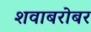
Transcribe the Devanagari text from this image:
शवाबरोबर